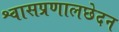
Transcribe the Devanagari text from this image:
श्वासप्रणालछेदन